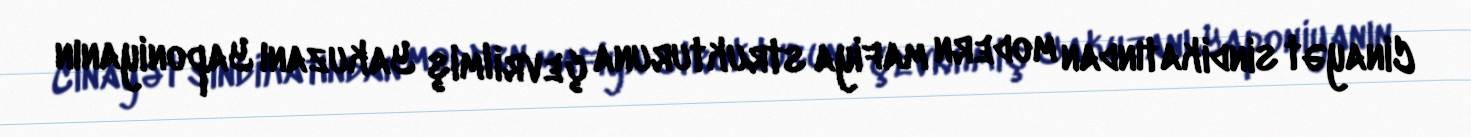
Cinayət sindikatından modern mafiya strukturuna çevrilmiş Yakuzanı Yaponiyanın